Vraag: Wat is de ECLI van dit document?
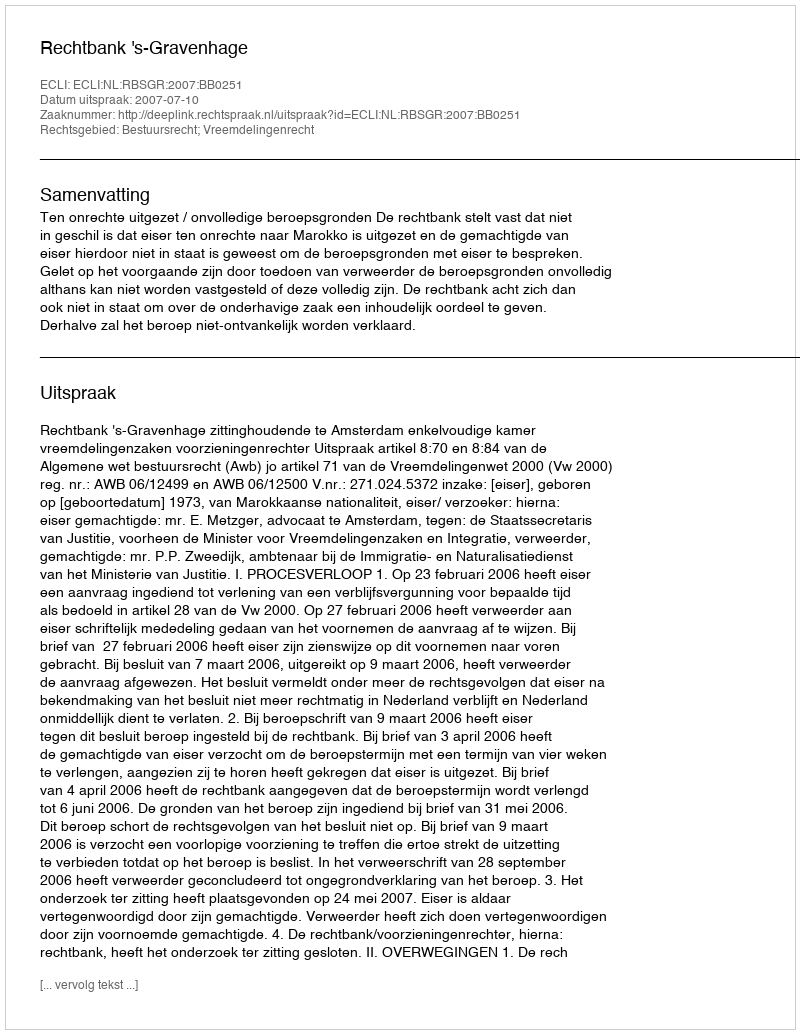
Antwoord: ECLI:NL:RBSGR:2007:BB0251